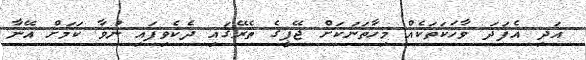
އަދި އެފަދަ ވާހަކަތަކެއް މިހާތަނަކަށް ޖޭޕީގެ ތެރޭގައި ދެކެވިފައި ނުވާ ކަމަށް އޭނާ